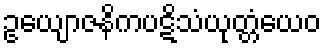
ဥယျောဇနိကပဋိသံယုတ္တံယေဝ